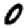
Digit: 0